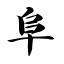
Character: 阜